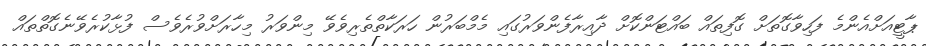
ޕާޓީއަށްއެންމެ ފަހިވާގޮތަށް ގޮފިތައް ބައްޓަންކޮށް ދާއިރާފެންވަރުގައި މެމްބަރުން ހަރަކާތްތެރިވެވޭ މިންވަރު މިހާރަށްވުރެވެސް ފުޅާކުރެވޭނެގޮތްތައް